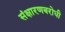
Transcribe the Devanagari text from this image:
संक्षारणबरोधी